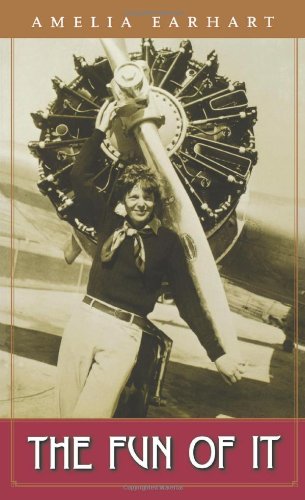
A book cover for The Fun of It; Amelia Earhart; Teen & Young Adult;